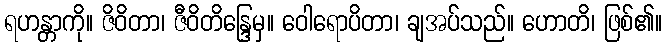
ရဟန္တာကို။ ဇိဝိတာ၊ ဇီဝိတိန္ဒြေမှ။ ဝေါရောပိတာ၊ ချအပ်သည်။ ဟောတိ၊ ဖြစ်၏။